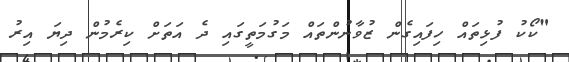
"ކޯކު ފުޅިތައް ހިފައިގެން ޒުވާނުންތައް މަގުމަތީގައި ދެ އަތަށް ކިރެމުން ދިޔަ އިރު